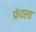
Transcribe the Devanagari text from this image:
फ्रंटला